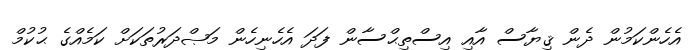
އެހެންކަމުން ދެން ޤިޔާސް އާއި އިސްތިޙްސާން ފަދަ އެހެނިހެން މަޞްދަރުތަކަށް ކަމެއްގެ ޙުކުމް